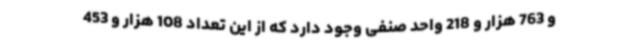
و 763 هزار و 218 واحد صنفی وجود دارد که از این تعداد 108 هزار و 453